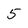
Character: 5